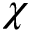
\chi